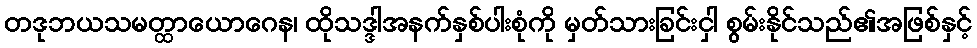
တဒုဘယသမတ္ထာယောဂေန၊ ထိုသဒ္ဒါအနက်နှစ်ပါးစုံကို မှတ်သားခြင်းငှါ စွမ်းနိုင်သည်၏အဖြစ်နှင့်